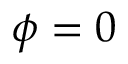
\phi = 0